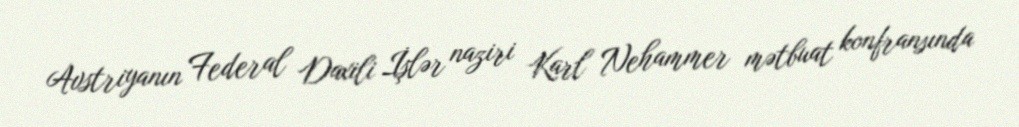
Avstriyanın Federal Daxili İşlər naziri Karl Nehammer mətbuat konfransında